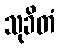
သုခိတံ